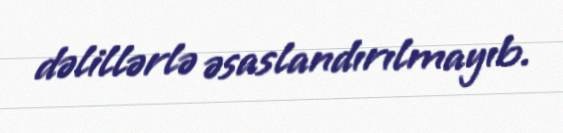
dəlillərlə əsaslandırılmayıb.